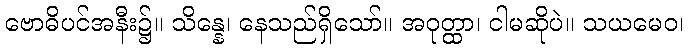
ဗောဓိပင်အနီး၌။ သိန္နေ၊ နေသည်ရှိသော်။ အဝုတ္ထာ၊ ငါမဆိုပဲ။ သယမေဝ၊